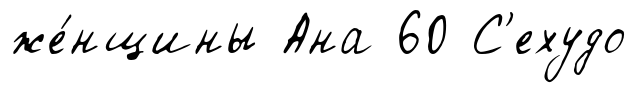
же́нщины Ана 60 С'ехудо